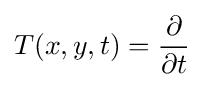
T(x,y,t)={\partial  \over \partial t}